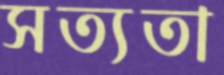
সত্যতা